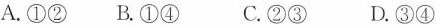
A.\textcircled {1}\textcircled {2} C.\textcircled {1}\textcircled {4} C.\textcircled {2}\textcircled {3} D.\textcircled {3}\textcircled {4}